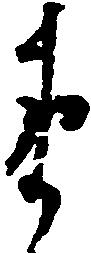
衛